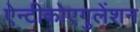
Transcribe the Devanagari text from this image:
ऐन्टीकोएगुलेंशन